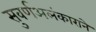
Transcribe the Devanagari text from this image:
सुवर्णअलंकाराने